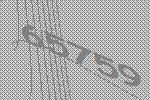
65759